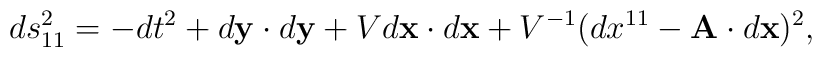
ds^2_{11}=-dt^2+d{\bf y}\cdot d{\bf y}+Vd{\bf x}\cdot d{\bf x}+V^{-1}(dx^{11}-{\bf A}\cdot d{\bf x})^2,